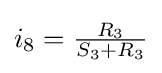
i_{8}={\tfrac {R_{3}}{S_{3}+R_{3}}}